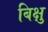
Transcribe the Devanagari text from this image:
बिक्षु